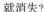
就消失？